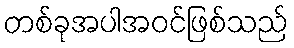
တစ်ခုအပါအဝင်ဖြစ်သည်